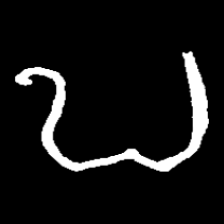
Pyu character \u2014 Myanmar letter: ဎ (romanized: ddha)